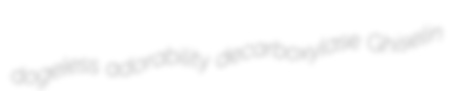
dogeless adorability decarboxylase Ghiselin